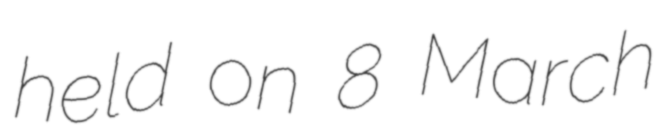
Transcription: held on 8 March